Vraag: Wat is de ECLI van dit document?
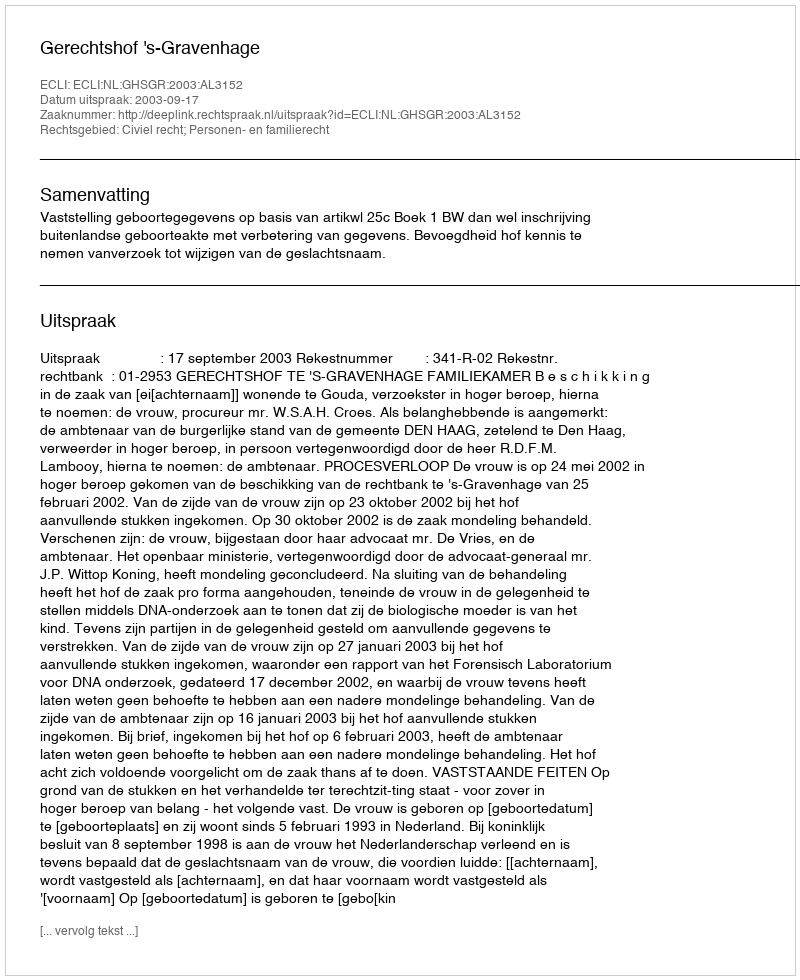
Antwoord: ECLI:NL:GHSGR:2003:AL3152